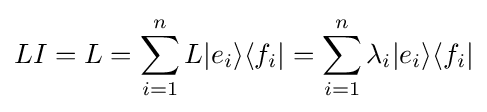
LI=L=\sum _{i=1}^{n}L|e_{i}\rangle \langle f_{i}|=\sum _{i=1}^{n}\lambda _{i}|e_{i}\rangle \langle f_{i}|